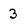
Character: 3